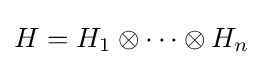
H=H_{1}\otimes \cdots \otimes H_{n}